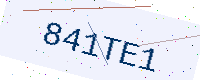
Text: 841TE1